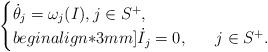
LaTeX: \begin{align*}\begin{cases}\dot{\theta}_j=\omega_j(I), j\in S^+,\\begin{align*}3mm]\dot{I}_j=0, \quad\,\,\,\, j\in S^+.\end{cases}\end{align*}